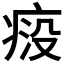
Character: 𬏱